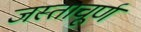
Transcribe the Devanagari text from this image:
जस्ताचूर्ण